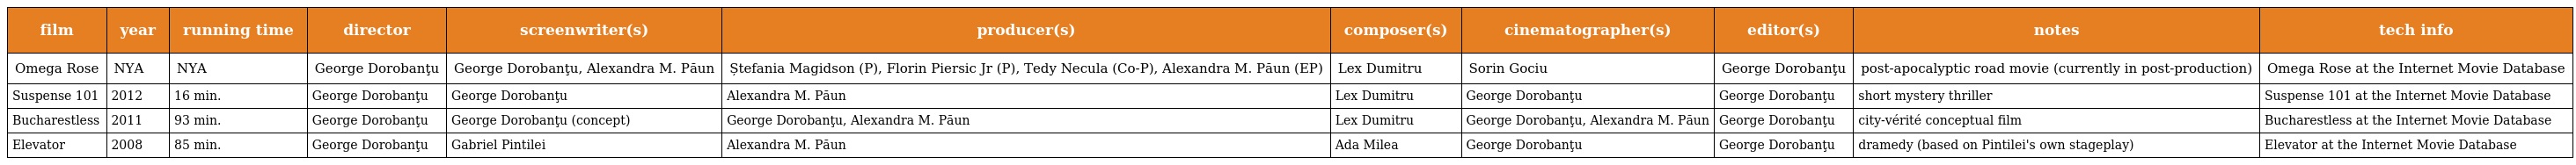
| film | year | running time | director | screenwriter(s) | producer(s) | composer(s) | cinematographer(s) | editor(s) | notes | tech info |
 | --- | --- | --- | --- | --- | --- | --- | --- | --- | --- | --- |
 | Omega Rose | NYA | NYA | George Dorobanţu | George Dorobanţu, Alexandra M. Păun | Ștefania Magidson (P), Florin Piersic Jr (P), Tedy Necula (Co-P), Alexandra M. Păun (EP) | Lex Dumitru | Sorin Gociu | George Dorobanţu | post-apocalyptic road movie (currently in post-production) | Omega Rose at the Internet Movie Database |
 | Suspense 101 | 2012 | 16 min. | George Dorobanţu | George Dorobanţu | Alexandra M. Păun | Lex Dumitru | George Dorobanţu | George Dorobanţu | short mystery thriller | Suspense 101 at the Internet Movie Database |
 | Bucharestless | 2011 | 93 min. | George Dorobanţu | George Dorobanţu (concept) | George Dorobanţu, Alexandra M. Păun | Lex Dumitru | George Dorobanţu, Alexandra M. Păun | George Dorobanţu | city-vérité conceptual film | Bucharestless at the Internet Movie Database |
 | Elevator | 2008 | 85 min. | George Dorobanţu | Gabriel Pintilei | Alexandra M. Păun | Ada Milea | George Dorobanţu | George Dorobanţu | dramedy (based on Pintilei's own stageplay) | Elevator at the Internet Movie Database |